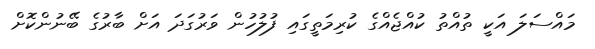
މައްސަލަ އަކީ ތުއްތު ކުއްޖެއްގެ ކުރިމަތީގައި ފުލުހުން ވަރުގަދަ އަށް ބާރުގެ ބޭނުންކޮށް